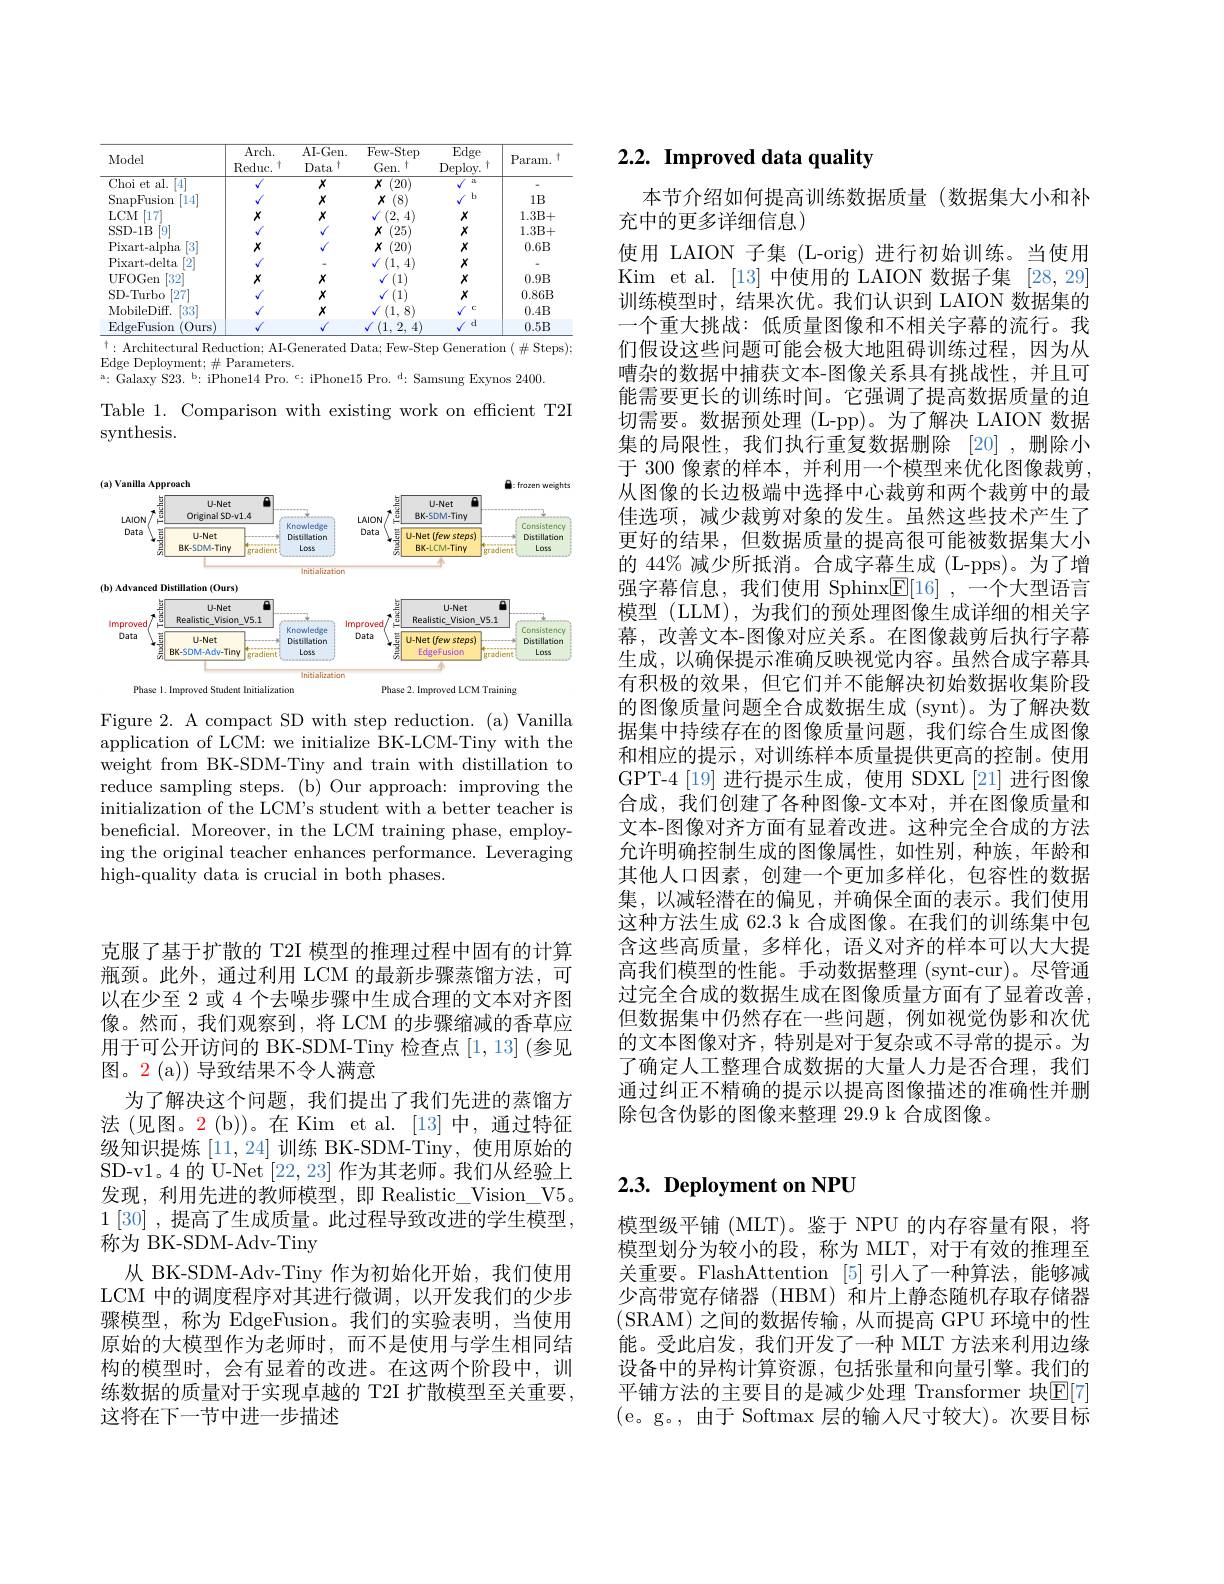
克服了基于扩散的 T2I 模型的推理过程中固有的计算瓶颈。此外，通过利用 LCM 的最新步骤蒸馏方法，可以在少至 2 或 4 个去噪步骤中生成合理的文本对齐图像。然而，我们观察到，将 LCM 的步骤缩减的香草应用于可公开访问的 BK-SDM-Tiny 检查点 [1,13] (参见图。2 (a)) 导致结果不令人满意
为了解决这个问题，我们提出了我们先进的蒸馏方法 (见图。2 (b))。在 Kim et al.[13]中，通过特征级知识提炼[11,24]训练 BK-SDM-Tiny,使用原始的SD-v1。4 的 U-Net [22,23]作为其老师。我们从经验上发现，利用先进的教师模型，即 Realistic\_Vision\_V5。$1\left[30\right]$,提高了生成质量。此过程导致改进的学生模型， 称为 BK-SDM-Adv-Tiny
从 BK-SDM-Adv-Tiny 作为初始化开始，我们使用LCM 中的调度程序对其进行微调，以开发我们的少步骤模型，称为 EdgeFusion。我们的实验表明，当使用原始的大模型作为老师时，而不是使用与学生相同结构的模型时，会有显着的改进。在这两个阶段中，训练数据的质量对于实现卓越的 T2I 扩散模型至关重要， 这将在下一节中进一步描述

<table>
	<tbody>
		<tr>
			<th>Model</th>
			<th>Arch. $\operatorname{Reduc}.$</th>
			<th>AI- Gen. Data 1</th>
			<th>$\overline{{\mathrm{Few-Step}}}$ Gen. </th>
			<th>$\overline{\mathrm{Edge}}$ Deploy. </th>
			<th>$P.$ aram. </th>
		</tr>
		<tr>
			<td>Choi et al. 14</td>
			<td> </td>
			<td>$X$</td>
			<td>$X$ (20)</td>
			<td>il</td>
			<td> </td>
		</tr>
		<tr>
			<td>SnapFusiom 14</td>
			<td> </td>
			<td>$X$</td>
			<td>$X$ (8)</td>
			<td>$b$</td>
			<td>$1B$</td>
		</tr>
		<tr>
			<td>$LCM$ [17]</td>
			<td>$X$</td>
			<td>$X$</td>
			<td>(2. 4</td>
			<td>$X$</td>
			<td>1.3B+</td>
		</tr>
		<tr>
			<td>SSD-1B</td>
			<td> </td>
			<td> </td>
			<td>$X$ (25)</td>
			<td>$X$</td>
			<td>1.3B+</td>
		</tr>
		<tr>
			<td>Pixart- alpha</td>
			<td>$X$</td>
			<td> </td>
			<td>$X$ (20)</td>
			<td>$X$</td>
			<td>$0.6B$</td>
		</tr>
		<tr>
			<td>Pixart- delta</td>
			<td> </td>
			<td> </td>
			<td>4 11</td>
			<td>$X$</td>
			<td> </td>
		</tr>
		<tr>
			<td>UFOGen [32]</td>
			<td>$X$</td>
			<td>$X$</td>
			<td>(1)</td>
			<td>$X$</td>
			<td>0.9B</td>
		</tr>
		<tr>
			<td>SD-Turbo [27]</td>
			<td> </td>
			<td>$X$</td>
			<td>(1)</td>
			<td>$X$</td>
			<td>$0.86B$</td>
		</tr>
		<tr>
			<td>MobileDiff $\begin{bmatrix}3.3\\4\end{bmatrix}$</td>
			<td> </td>
			<td>$X$</td>
			<td>81 (1.</td>
			<td>C</td>
			<td>0.4B</td>
		</tr>
		<tr>
			<td>$\operatorname{EdgeFusion}$ $\langle Ours$</td>
			<td> </td>
			<td> </td>
			<td>2 41 1</td>
			<td>d</td>
			<td>$0.5B$</td>
		</tr>
	</tbody>
</table>
$\overline{^{\dagger}:\text{Architectural Reduction; AI-Generated Data; Few-Step Generation (\# Steps);}}$

Edge Deployment; $\#$ Parameters.
$^{\mathrm{a}}:$ Galaxy S23. b:iPhone14 Pro. c: iPhone$15\text{ Pro. }^{\mathrm{d} }:$ Samsung Exynos 2400.

Table 1. Comparison with existing work on efficient T2I
synthesis.

<FigureHere>

Figure 2. A compact SD with step reduction. (a) Vanilla application of LCM: we initialize BK-LCM-Tiny with the weight from BK-SDM-Tiny and train with distillation to reduce sampling steps. (b) Our approach: improving the initialization of the LCM's student with a better teacher is beneficial. Moreover, in the LCM training phase, employing the original teacher enhances performance. Leveraging high-quality data is crucial in both phases.

# $2. 2. \textbf{ Improved data quality}$

本节介绍如何提高训练数据质量(数据集大小和补
充中的更多详细信息)
使用 LAION 子集 (L-orig) 进行初始训练。当使用Kim et al. [13]中使用的 LAION 数据子集[28,29] 训练模型时，结果次优。我们认识到 LAION 数据集的一个重大挑战：低质量图像和不相关字幕的流行。我们假设这些问题可能会极大地阻碍训练过程，因为从嘈杂的数据中捕获文本-图像关系具有挑战性，并且可能需要更长的训练时间。它强调了提高数据质量的迫切需要。数据预处理(L-pp)。为了解决 LAION 数据集的局限性，我们执行重复数据删除[20],删除小于 300 像素的样本，并利用一个模型来优化图像裁剪， 从图像的长边极端中选择中心裁剪和两个裁剪中的最佳选项，减少裁剪对象的发生。虽然这些技术产生了更好的结果，但数据质量的提高很可能被数据集大小的 44% 减少所抵消。合成字幕生成 (L-pps)。为了增强字幕信息，我们使用 Sphinx$\underline {\mathbb{E} }[ 16]$ , -个大型语言模型 (LLM), 为我们的预处理图像生成详细的相关字幕，改善文本-图像对应关系。在图像裁剪后执行字幕生成，以确保提示准确反映视觉内容。虽然合成字幕具有积极的效果，但它们并不能解决初始数据收集阶段的图像质量问题全合成数据生成 (synt)。为了解决数据集中持续存在的图像质量问题，我们综合生成图像和相应的提示，对训练样本质量提供更高的控制。使用GPT-4[19]进行提示生成，使用 SDXL[21]进行图像合成，我们创建了各种图像-文本对，并在图像质量和文本-图像对齐方面有显着改进。这种完全合成的方法允许明确控制生成的图像属性，如性别，种族，年龄和其他人口因素，创建一个更加多样化，包容性的数据集，以减轻潜在的偏见，并确保全面的表示。我们使用这种方法生成 62.3 k 合成图像。在我们的训练集中包含这些高质量，多样化，语义对齐的样本可以大大提高我们模型的性能。手动数据整理 (synt-cur)。尽管通过完全合成的数据生成在图像质量方面有了显着改善， 但数据集中仍然存在一些问题，例如视觉伪影和次优的文本图像对齐，特别是对于复杂或不寻常的提示。为了确定人工整理合成数据的大量人力是否合理，我们通过纠正不精确的提示以提高图像描述的准确性并删除包含伪影的图像来整理 29.9 k 合成图像。

# 2.3. Deployment on NPU

模型级平铺 (MLT)。鉴于 NPU 的内存容量有限，将模型划分为较小的段，称为 MLT, 对于有效的推理至关重要。FlashAttention [5]引人了一种算法，能够减少高带宽存储器(HBM)和片上静态随机存取存储器(SRAM)之间的数据传输，从而提高 GPU 环境中的性能。受此启发，我们开发了一种 MLT 方法来利用边缘设备中的异构计算资源，包括张量和向量引擎。我们的平铺方法的主要目的是减少处理 Transformer 块$\mathbb{E}[7]$ (e。g。,由于 Softmax 层的输入尺寸较大)。次要目标